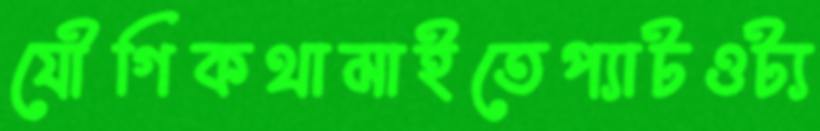
যৌগিকথামাইতেপ্যাটওট্য